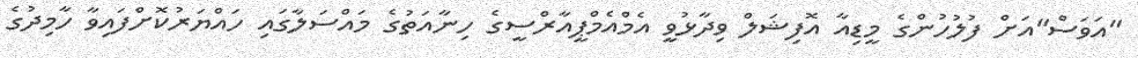
"އަވަސް"އަށް ފުލުހުންގެ މީޑިއާ އޮފިޝަލް ވިދާޅުވީ އެމްއެމްޕީއާރްސީގެ ހިނާއަތުގެ މައްސަލާގައި ހައްޔަރުކޮށްފައިވާ ހާމިދުގެ